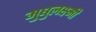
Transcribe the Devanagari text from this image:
मुधुलक्ष्मी